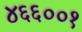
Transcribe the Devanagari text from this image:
४६६००१